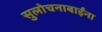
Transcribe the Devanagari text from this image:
सुलोचनाबाईंना